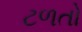
ટળતો